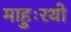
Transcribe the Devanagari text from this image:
माहुःरथो